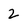
Character: 2